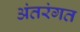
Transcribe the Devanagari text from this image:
अंतरंगत